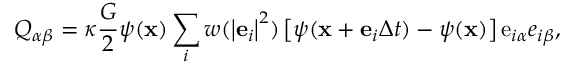
{ Q _ { \alpha \beta } } = \kappa \frac { G } { 2 } \psi ( { \bf { x } } ) \sum _ { i } { w ( { { \left| { { { \bf { e } } _ { i } } } \right| } ^ { 2 } } ) } \left[ { \psi ( { \bf { x } } + { { \bf { e } } _ { i } } \Delta t ) - \psi ( { \bf { x } } ) } \right] { \mathrm { { e } } _ { i \alpha } } { e _ { i \beta } } ,